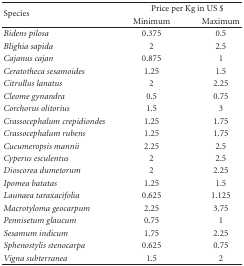
<table><thead><tr><td rowspan="2"><b>Species</b></td><td colspan="2"><b>Price per Kg in US $</b></td></tr><tr><td><b>Minimum</b></td><td><b>Maximum</b></td></tr></thead><tbody><tr><td><i>Bidens pilosa</i></td><td>0.375</td><td>0.5</td></tr><tr><td><i>Blighia sapida</i></td><td>2</td><td>2.5</td></tr><tr><td><i>Cajanus cajan</i></td><td>0.875</td><td>1</td></tr><tr><td><i>Ceratotheca sesamoides</i></td><td>1.25</td><td>1.5</td></tr><tr><td><i>Citrullus lanatus </i></td><td>2</td><td>2.25</td></tr><tr><td><i>Cleome gynandra</i></td><td>0.5</td><td>0.75</td></tr><tr><td><i>Corchorus olitorius</i></td><td>1.5</td><td>3</td></tr><tr><td><i>Crassocephalum crepidiondes</i></td><td>1.25</td><td>1.75</td></tr><tr><td><i>Crassocephalum rubens</i></td><td>1.25</td><td>1.75</td></tr><tr><td><i>Cucumeropsis mannii</i></td><td>2.25</td><td>2.5</td></tr><tr><td><i>Cyperus esculentus </i></td><td>2</td><td>2.5</td></tr><tr><td><i>Dioscorea dumetorum </i></td><td>2</td><td>2.25</td></tr><tr><td><i>Ipomea batatas</i></td><td>1.25</td><td>1.5</td></tr><tr><td><i>Launaea taraxacifolia</i></td><td>0.625</td><td>1.125</td></tr><tr><td><i>Macrotyloma geocarpum</i></td><td>2.25</td><td>3.75</td></tr><tr><td><i>Pennisetum glaucum</i></td><td>0.75</td><td>1</td></tr><tr><td><i>Sesamum indicum </i></td><td>1.75</td><td>2.25</td></tr><tr><td><i>Sphenostylis stenocarpa</i></td><td>0.625</td><td>0.75</td></tr><tr><td><i>Vigna subterranea</i></td><td>1.5</td><td>2</td></tr></tbody></table>